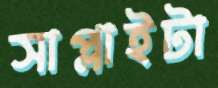
সাপ্লাইটা